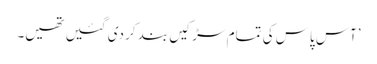
’آس پاس کی تمام سڑکیں بند کر دی گئیں تھیں۔